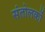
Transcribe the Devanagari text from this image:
संतोलकों